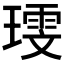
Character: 𪼗